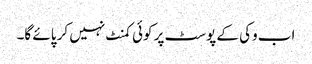
اب وکی کے پوسٹ پر کوئی کمنٹ نہیں کر پائے گا۔